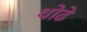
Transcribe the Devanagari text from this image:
थोढे